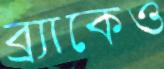
ব্র্যাকেও